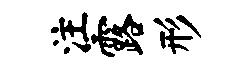
注露形